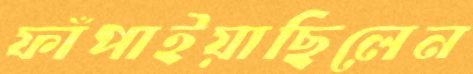
ফাঁপাইয়াছিলেন